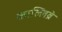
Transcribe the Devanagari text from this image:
काल्लिब्रे